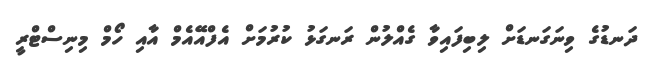
ދަނޑުގެ ވިނަގަނޑަށް ލިބިފައިވާ ގެއްލުން ރަނގަޅު ކުރުމަށް އެފްއޭއެމް އާއި ހޯމް މިނިސްޓްރީ